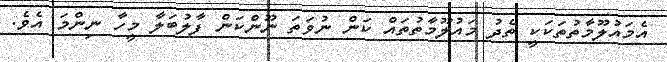
އެމައުލޫމާތުތަކަކީ ތެދު މައުލޫމާތުތައް ކަން ނުވަތަ ނޫންކަން ފާލުބަލާ މީހާ ނިންމަ އެވެ.